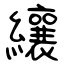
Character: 纕